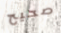
صحيح